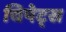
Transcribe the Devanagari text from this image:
चिपेट्स